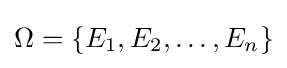
\Omega =\{E_{1},E_{2},\ldots ,E_{n}\}